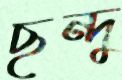
ছন্দু